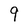
Character: 9